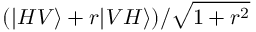
( | H V \rangle + r | V H \rangle ) / \sqrt { 1 + r ^ { 2 } }